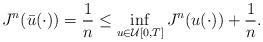
LaTeX: \begin{align*}J^{n}(\bar{u}(\cdot))=\frac{1}{n}\leq \inf_{u\in\mathcal{U}[0,T]}J^{n}(u(\cdot))+\frac{1}{n}.\end{align*}